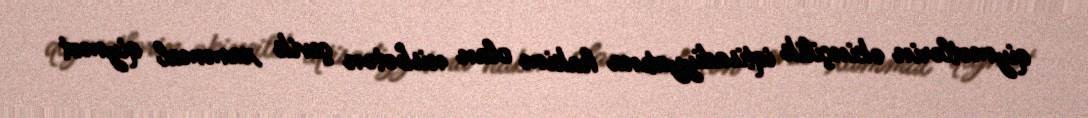
qiymətlərin əkinçilik iqtisadiyyatına hakim olan nisbətən çevik xammal qiymət